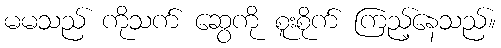
မမသည် ကိုသက် ဆွေကို စူးစိုက် ကြည့်နေသည်။